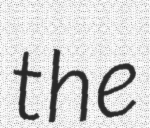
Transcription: the